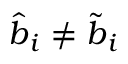
\hat { \boldsymbol { b } } _ { i } \neq \tilde { \boldsymbol { b } } _ { i }